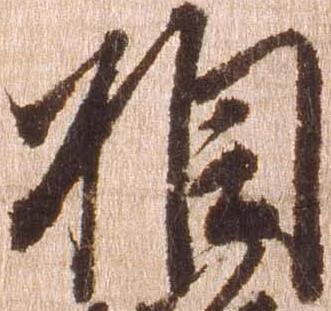
相